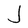
Character: J